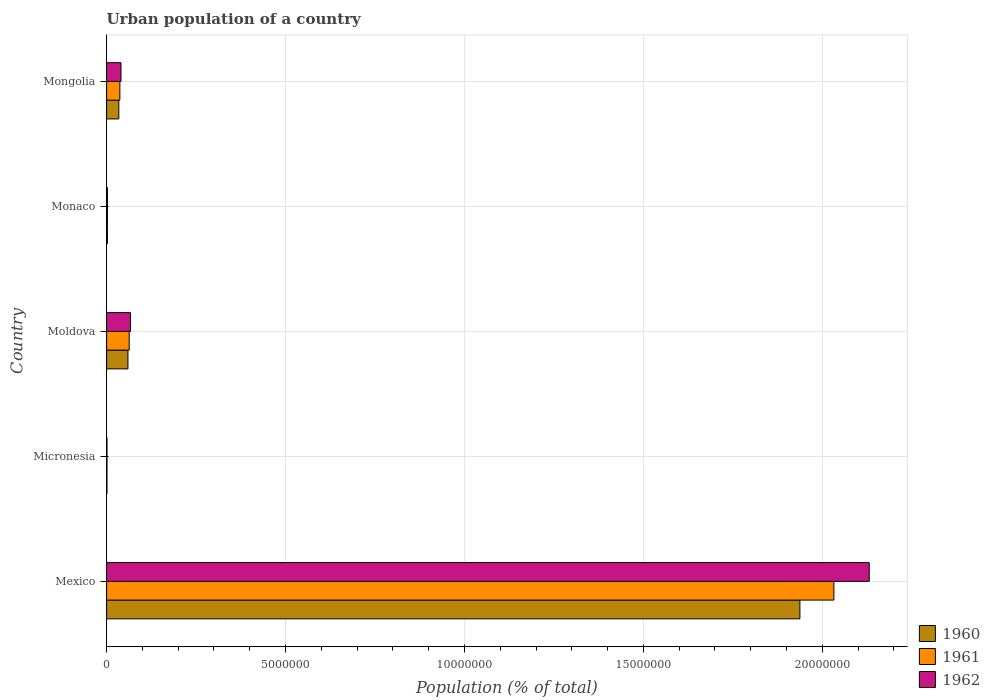
| Country | 1960 | 1961 | 1962 |
 | --- | --- | --- | --- |
 | Mexico | 1.94e+07 | 2.03e+07 | 2.13e+07 |
 | Micronesia | 9.94e+03 | 1.04e+04 | 1.08e+04 |
 | Moldova | 5.96e+05 | 6.31e+05 | 6.67e+05 |
 | Monaco | 2.25e+04 | 2.28e+04 | 2.3e+04 |
 | Mongolia | 3.41e+05 | 3.7e+05 | 4.02e+05 |